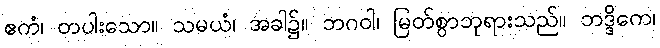
ဧကံ၊ တပါးသော။ သမယံ၊ အခါ၌။ ဘဂဝါ၊ မြတ်စွာဘုရားသည်။ ဘဒ္ဒိကေ၊